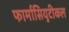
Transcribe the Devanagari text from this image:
फार्मासियुटीकल